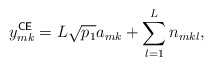
\begin{align*} y_{mk}^{\sf CE} = L \sqrt{p_1} a_{mk} + \sum \limits_{l=1}^L n_{mkl}, \end{align*}